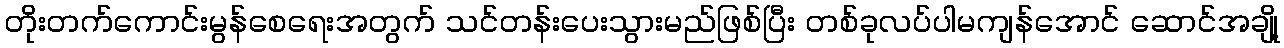
တိုးတက်ကောင်းမွန်စေရေးအတွက် သင်တန်းပေးသွားမည်ဖြစ်ပြီး တစ်ခုလပ်ပါမကျန်အောင် ဆောင်အချို့